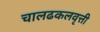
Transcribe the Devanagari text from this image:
चालढकलवृत्ती